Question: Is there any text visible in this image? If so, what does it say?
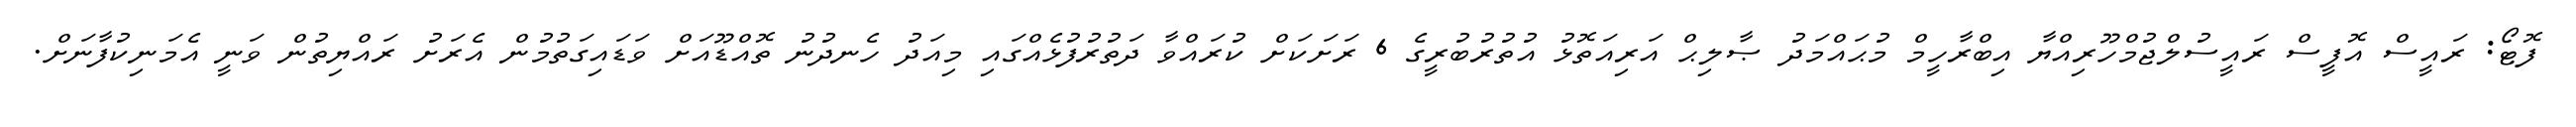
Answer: ފޮޓޯ: ރައީސް އޮފީސް ރައީސުލްޖުމްހޫރިއްޔާ އިބްރާހީމް މުޙައްމަދު ޞާލިޙް އަރިއަތޮޅު އުތުރުބުރީގެ 6 ރަށަކަށް ކުރައްވާ ދަތުރުފުޅެއްގައި މިއަދު ހެނދުނު ތޮއްޑޫއަށް ވަޑައިގަތުމުން އެރަށު ރައްޔިތުން ވަނީ އެމަނިކުފާނަށް.